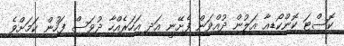
ކޮސްޓަ ކޮންކޯޑިއާ އަލުން ދުއްވަން ފެށޭނީ އަދި އަހަރެއްހާ ދުވަސް ފަހުން ކަމަށްވެ